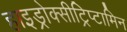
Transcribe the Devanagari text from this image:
हाइड्रोक्सीट्रिप्टामिन